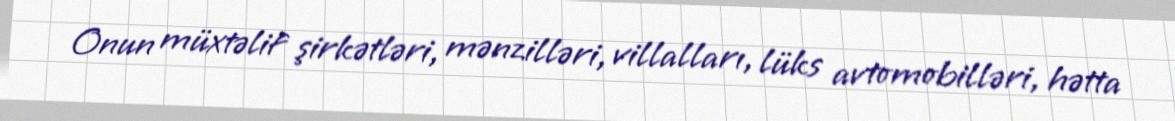
Onun müxtəlif şirkətləri, mənzilləri, villalları, lüks avtomobilləri, hətta